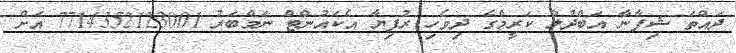
ދައްތަ ޝިފާނާ އަބްދުލް ކަރީމްގެ ދިވެހި ރުފިޔާ އެކައުންޓް ނަމްބަރު 7714352123001 އަށް